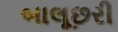
બાલૂછરી